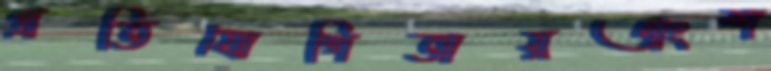
প্রতিযোগিতায়অংশ